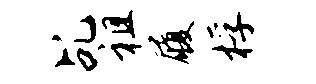
乩祖履桴